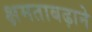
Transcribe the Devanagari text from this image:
क्षमताबढ़ाने